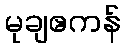
မုချဧကန်